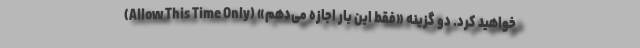
خواهید کرد. دو گزینه «فقط این بار اجازه می‌دهم» (Allow This Time Only)